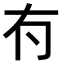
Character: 𠕇